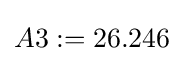
A3:=26.246